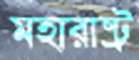
মহারাষ্ট্র